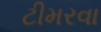
ટીમરવા